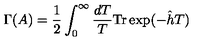
\Gamma ( A ) = \frac { 1 } { 2 } \int _ { 0 } ^ { \infty } \frac { d T } { T } \mathrm { T r } \exp ( - \hat { h } T )